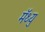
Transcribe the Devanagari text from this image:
मॅथ्यु